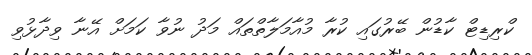
ކްރިޑިޓް ކާޑުން ބޭރުގައި ކުރާ މުއާމަލާތްތައް މަދު ނުވާ ކަމަށް އޭނާ ވިދާޅުވި